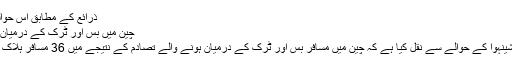
ذرائع کے مطابق اس حوالے سے مزید کسی قسم …
چین میں بس اور ٹرک کے درمیان تصادم میں 36 افراد ہلاک
مہر خبررساں ایجنسی نے شینہوا کے حوالے سے نقل کیا ہے کہ چین میں مسافر بس اور ٹرک کے درمیان ہونے والے تصادم کے نتیجے میں 36 مسافر ہلاک اور 33 زخمی ہوگئے ہیں۔